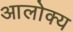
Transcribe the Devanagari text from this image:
आलोक्य